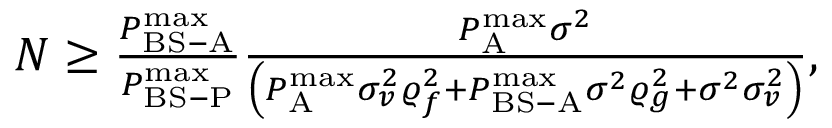
\begin{array} { r } { N \ge \frac { { P _ { { \mathrm { B S - A } } } ^ { { \operatorname* { m a x } } } } } { { P _ { { \mathrm { B S - P } } } ^ { { \operatorname* { m a x } } } } } \frac { { P _ { \mathrm { A } } ^ { { \operatorname* { m a x } } } { \sigma ^ { 2 } } } } { { \left( { P _ { \mathrm { A } } ^ { { \operatorname* { m a x } } } \sigma _ { v } ^ { 2 } \varrho _ { f } ^ { 2 } + P _ { { \mathrm { B S - A } } } ^ { { \operatorname* { m a x } } } { \sigma ^ { 2 } } \varrho _ { g } ^ { 2 } + { \sigma ^ { 2 } } \sigma _ { v } ^ { 2 } } \right) } } , } \end{array}